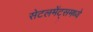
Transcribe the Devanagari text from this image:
सेटलमेंट्‌समध्ये